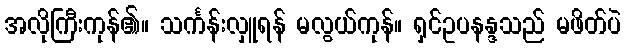
အလိုကြီးကုန်၏။ သင်္ကန်းလှူရန် မလွယ်ကုန်။ ရှင်ဥပနန္ဒသည် မဖိတ်ပဲ